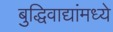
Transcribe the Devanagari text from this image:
बुद्धिवाद्यांंमध्ये